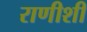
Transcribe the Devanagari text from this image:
राणीशी